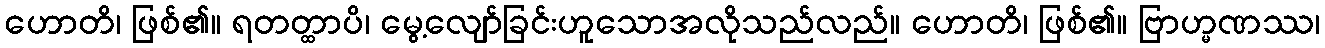
ဟောတိ၊ ဖြစ်၏။ ရတတ္ထာပိ၊ မွေ့လျော်ခြင်းဟူသောအလိုသည်လည်။ ဟောတိ၊ ဖြစ်၏။ ဗြာဟ္မဏဿ၊